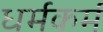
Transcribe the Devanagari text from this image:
धर्मकर्म